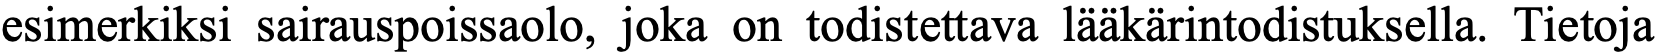
esimerkiksi sairauspoissaolo, joka on todistettava lääkärintodistuksella. Tietoja